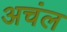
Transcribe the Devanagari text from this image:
अचंल